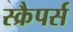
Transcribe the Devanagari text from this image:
स्क्रैपर्स